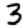
Digit: 3